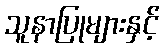
သူနာပြုများနှင့်